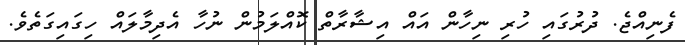
ފެނިއްޖެ. ދުރުގައި ހުރި ނިހާން އައް އިޝާރާތް ކޮއްލަމުން ނުހާ އެދިމާލައް ހިގައިގަތެވެ.